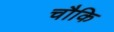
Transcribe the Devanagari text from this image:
चौकि